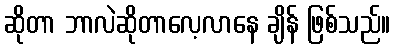
ဆိုတာ ဘာလဲဆိုတာလေ့လာနေ ချိန် ဖြစ်သည်။